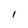
Character: 1